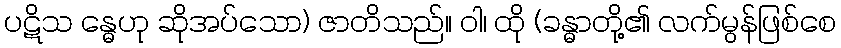
ပဋိသ န္ဓေဟု ဆိုအပ်သော) ဇာတိသည်။ ဝါ၊ ထို (ခန္ဓာတို့၏ လက်မွန်ဖြစ်စေ